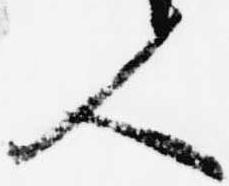
人